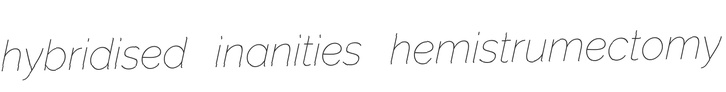
hybridised inanities hemistrumectomy